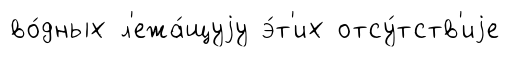
во́дных л'ежа́щуjу э́т'их отсу́тств'иjе